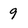
Character: 9